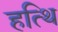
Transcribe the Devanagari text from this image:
हत्थि